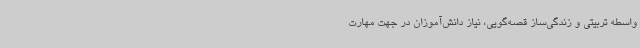
واسطه تربیتی و زندگی‌ساز قصه‌گویی، نیاز دانش‌آموزان در جهت مهارت‌